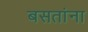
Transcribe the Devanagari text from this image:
बसतांना